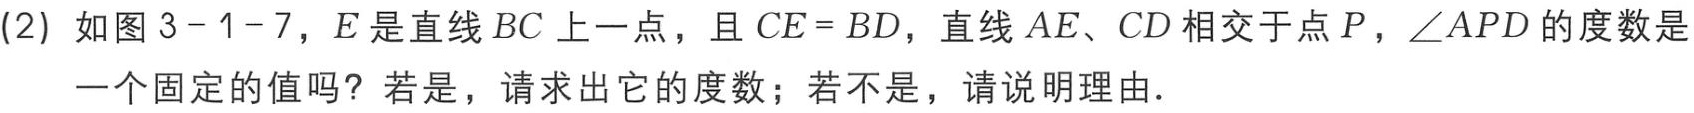
(2) 如图3 - 1 - 7，E是直线BC上一点，且$CE = BD$，直线AE、CD相交于点P，$\angle APD$的度数是一个固定的值吗？若是，请求出它的度数；若不是，请说明理由．